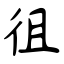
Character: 徂